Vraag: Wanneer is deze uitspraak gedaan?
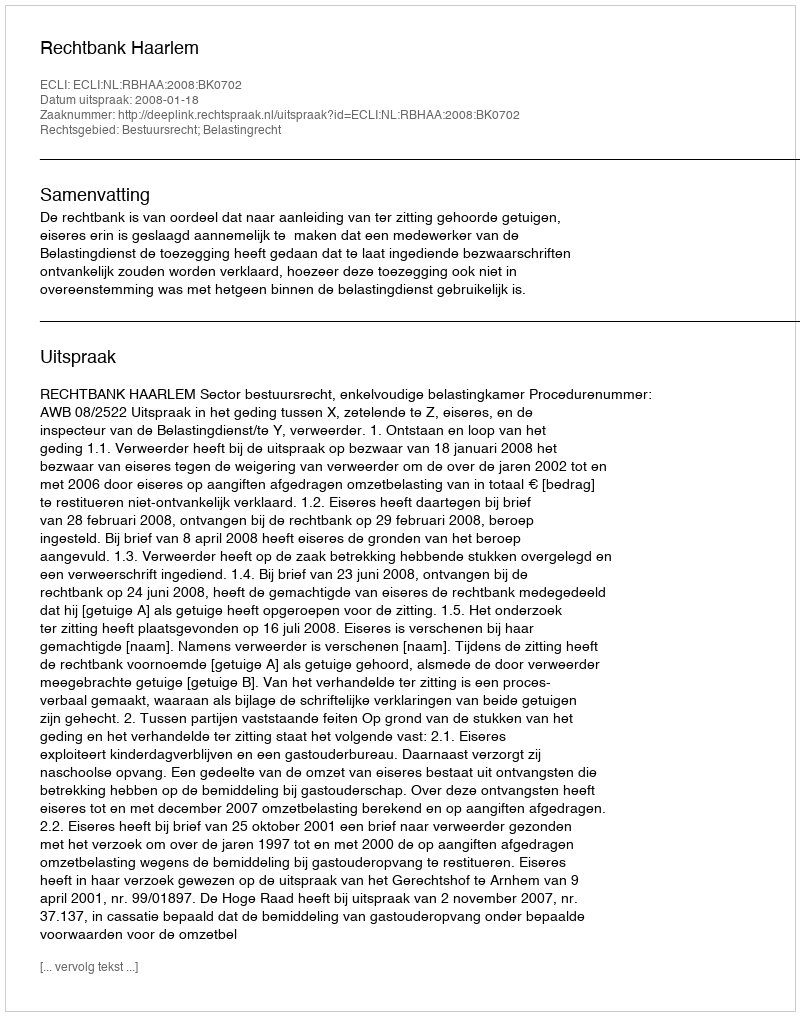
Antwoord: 2008-01-18